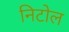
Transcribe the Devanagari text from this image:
निटोल